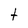
Character: t